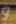
و